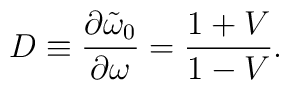
D\equiv{\partial \tilde\omega_0\over\partial\omega}={1+V\over 1-V}.